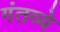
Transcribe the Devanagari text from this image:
गंतव्ये